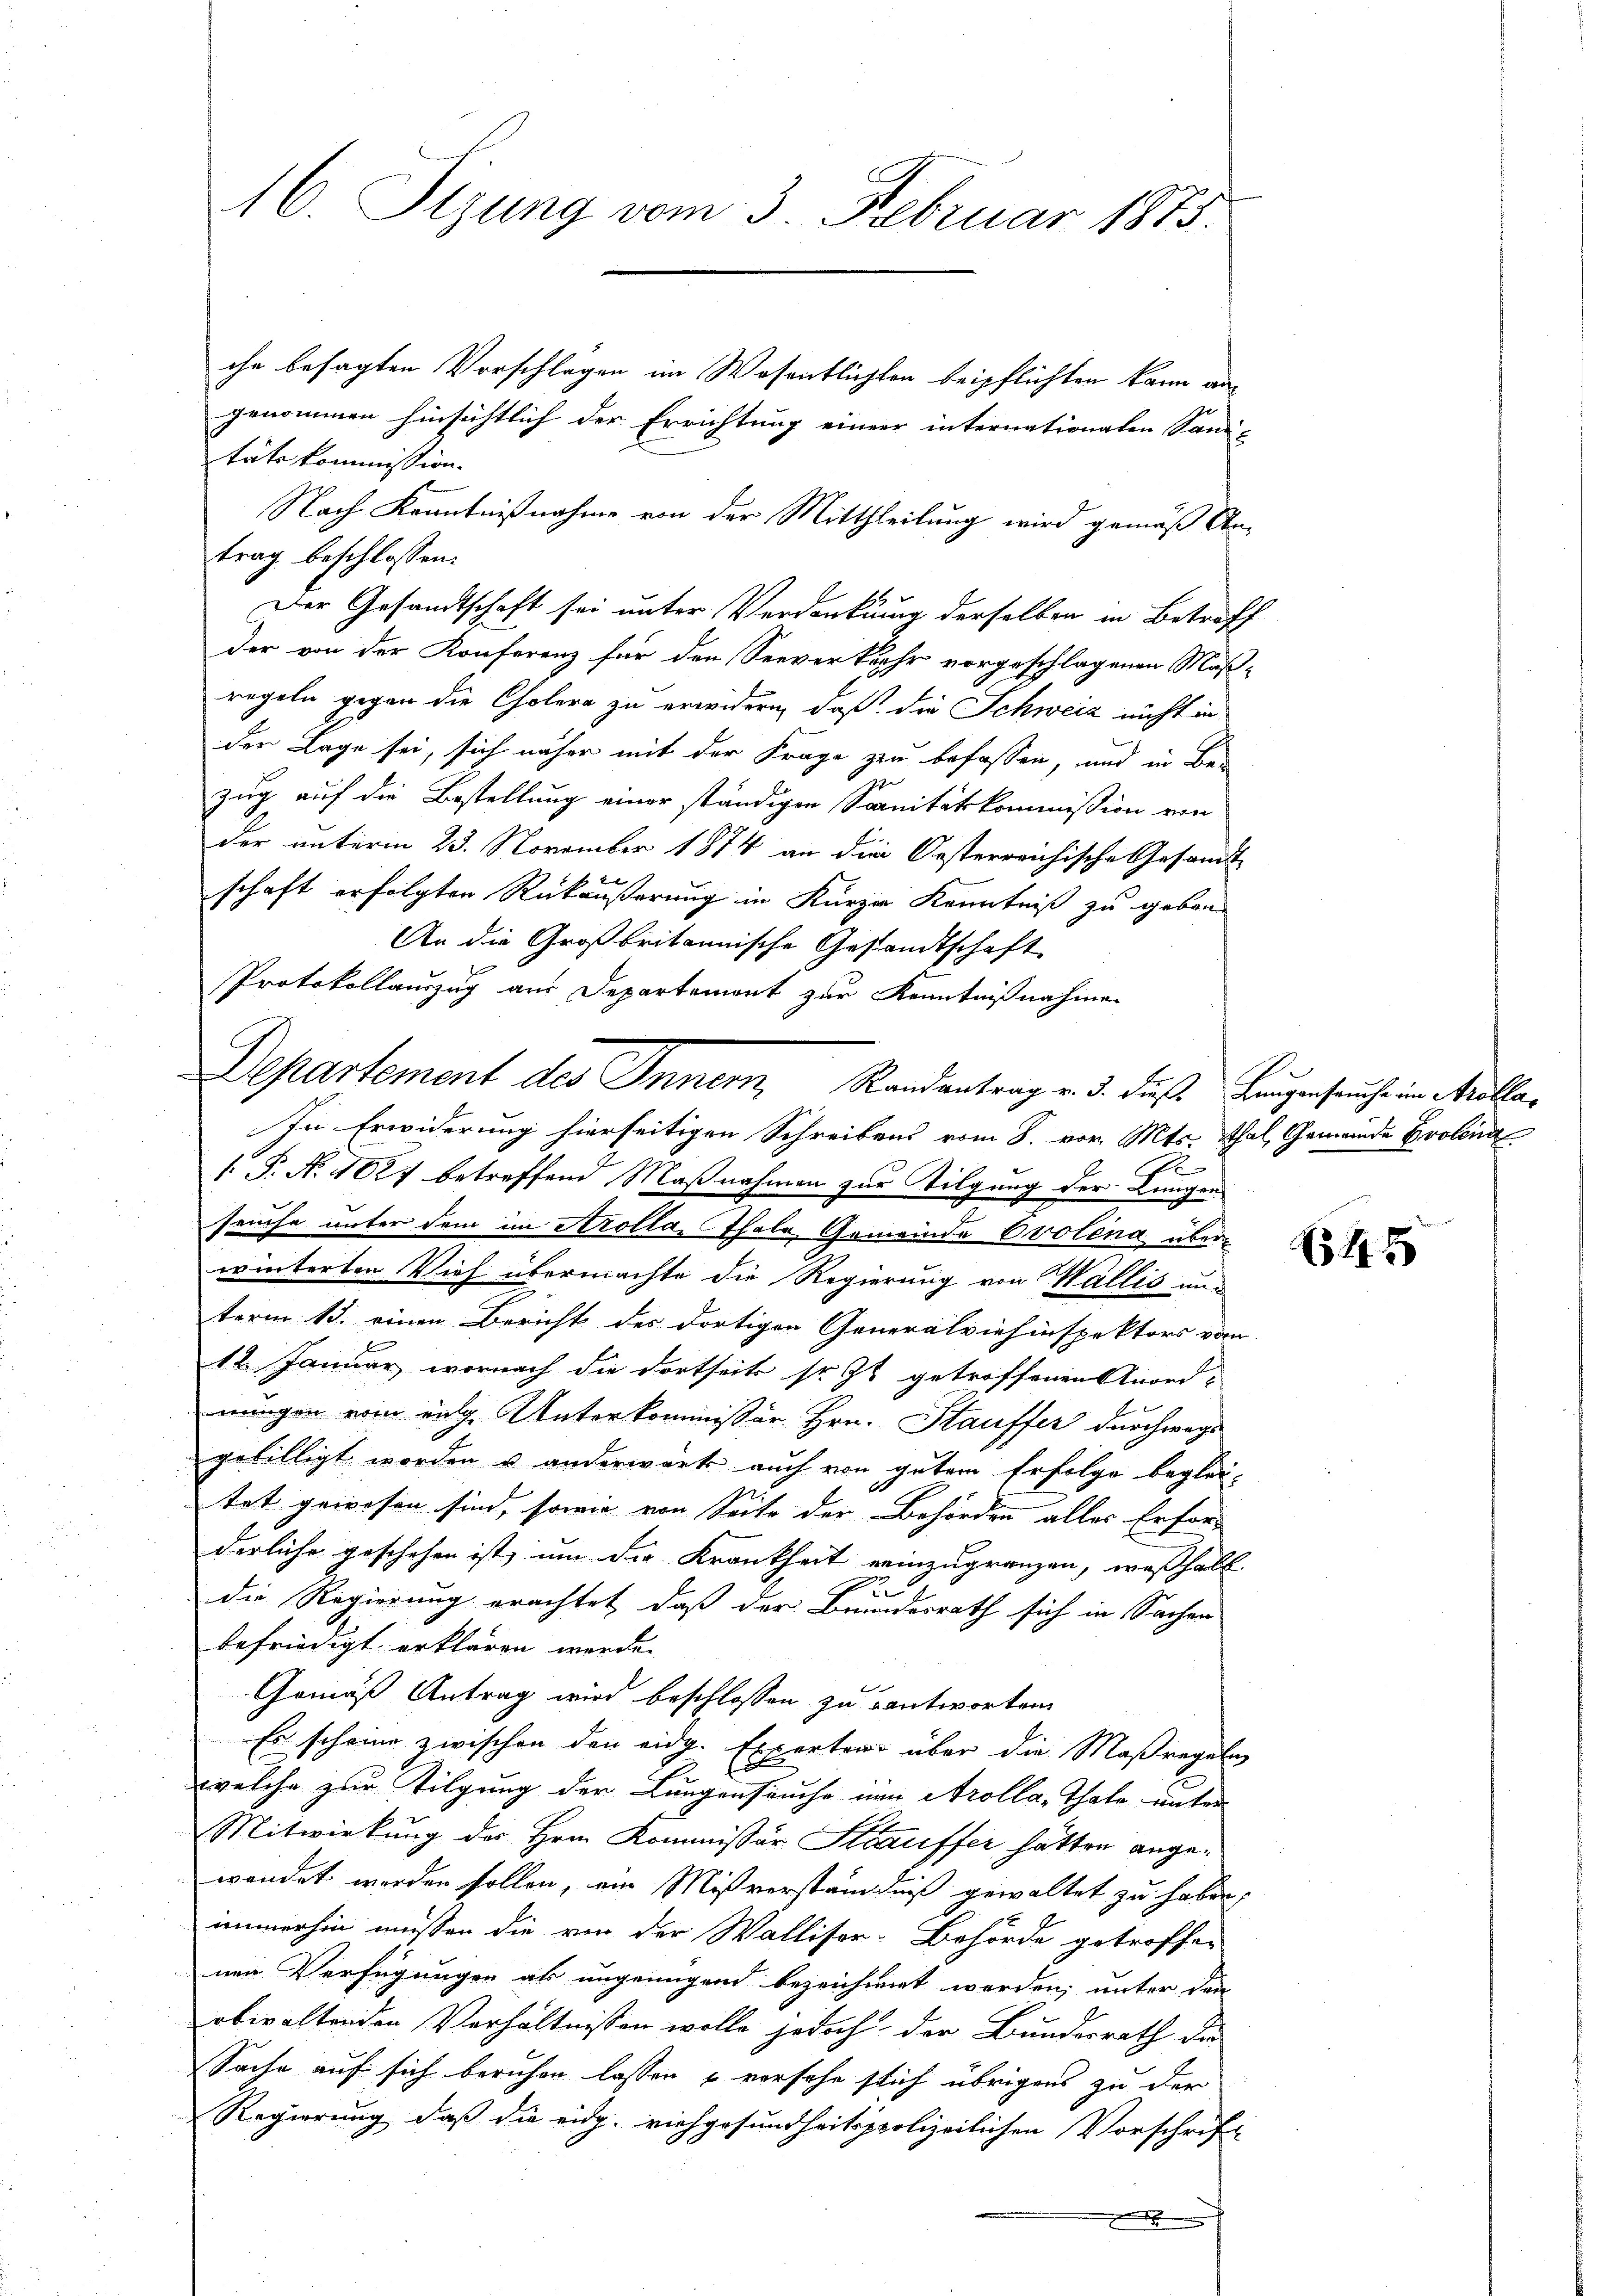
16. Sizung vom 3. Februar 1875.

che besagten Vorschlagen im Wesentlichten beipflichten kann angenommen hinsichtlich der Errichtung einer internationalen Sani-
täte kommission.
Nach Kenntnißnahme von der Mittheilung wird gemäß An-
trag beschlossen:
Der Gesandtschaft sei unter Verdankung derselben in Betroff
der von der Konferenz für den Seeverkehr vorgeschlagenen Maßregeln gegen die Cholera zu erwidern, daß die Schweiz nicht in
der Lage sei, sich näher mit der Frage zu befassen, und in Be-
e
zug auf die Bestellung einer ständigen Sanitätskommission von
der unterm 23. November 1874 an die Oesterreichische Gesandt
x
schaft erfolgten Rückäußerung in Kurzer Kenntniß zu geben
An die Großbritannische Gestandtschaft
Protokollauszug aus Departement zur Kenntnißnahmen
e
 P. N. 1027 betreffend Maßnahmen zur Tilgung der Lungen
seuche unter dem im Arolla, Thale Gemeinde Ovolena überwinterten Vieh übermachte die Regierung von Wallis unterm 15. einen Bericht des dortigen Generalviehinspektors vom
12. Januar wornach die dortseits sr. Zt. getroffenen Anord-
nungen vom vulg. Unterkommissär Hrn. Stauffer durchwage
gebilligt worden u. anderwart auch von gutem Erfolge beglei-
tet gewesen sind, sowie von Seite der Behörden alles Erfor-
derliche geschehen ist, um die Krankheit neinzugrenzen, wesshalb |
die Regierung erachtet, daß der Bundesrath sich in Sachen
befriedigt erklären werde.
Gemäß Antrag wird beschlossen zu antworten.
Es scheine zwischen den eidg. Experten über die Maßregeln
welche zur Tilgung der Lungenseuche in Arolla, Thale unter
Mitwirkung des Hrn. Kommissär Staruffer hätten angewendet werden sollen, ein Mißverständniß gewaltet zu haben,
immerhin müssen die von der Walliser-Behörde getroffen
nen Verfügungen als ungenügend bezeichnet werden; unter den
obwaltenden Verhältnissen wolle jedoch der Bundesrath de
Sache auf sich beruhen lassen u vorsehe stich übrigens zu der
Regierung, daß die eidg. riehgesundheitspolizeilichen Vorschrift
.

Departement des Innern, Randantrag v. d. Fuß Baugenseuche im Mülla¬
In Erwiderung hierseitigen Schreibens vom 8. vor. Mts. Thal, Gemeinde Evolen

54. 4